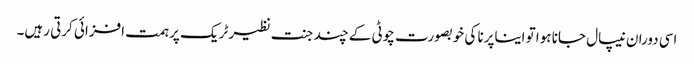
اسی دوران نیپال جانا ہوا تو ایناپرنا کی خوبصورت چوٹی کے چند جنت نظیر ٹریک پر ہمت افزائی کرتی رہیں۔